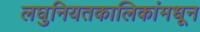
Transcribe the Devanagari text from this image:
लघुनियतकालिकांमधून